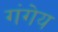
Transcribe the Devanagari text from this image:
गंगेय